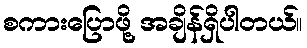
စကားပြောဖို့ အချိန်ရှိပါတယ်။